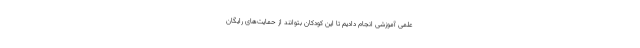
علمی آموزشی انجام دادیم تا این کودکان بتوانند از حمایت‌های رایگان